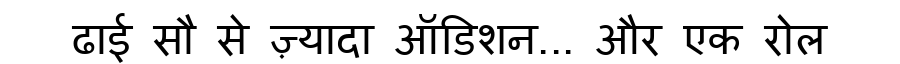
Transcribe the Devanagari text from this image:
ढाई सौ से ज़्यादा ऑडिशन... और एक रोल